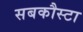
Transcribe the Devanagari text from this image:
सबकौस्टा